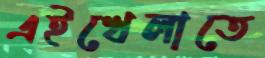
এইখেলাতে